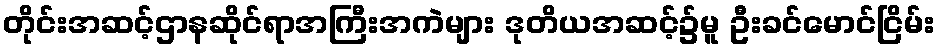
တိုင်းအဆင့်ဌာနဆိုင်ရာအကြီးအကဲများ ဒုတိယအဆင့်၌မူ ဦးခင်မောင်ငြိမ်း